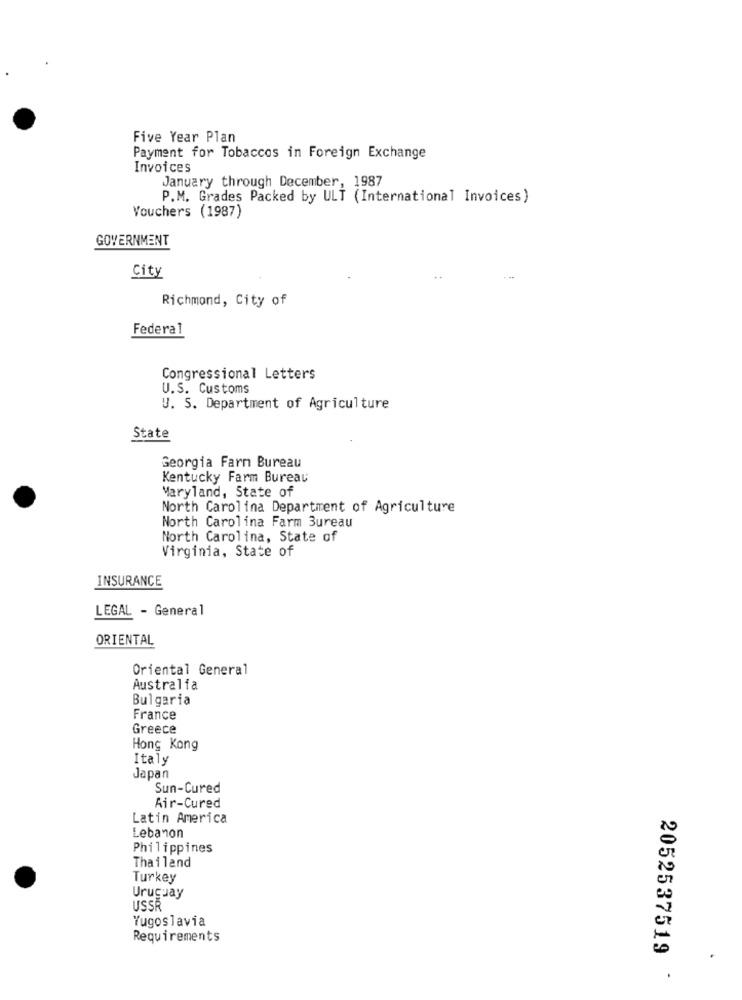
Five Year Plan
Payment for Tobaccos in Foreign Exchange
Invoices
January through December, 1987
P.M. Grades Packed by ULT (International Invoices)
Vouchers (1987)
GOVERNMENT
City
Richmond, City of
Federal
Congressional Letters
U.S. Customs
U. S. Department of Agriculture
State
Georgia Farm Bureau
Kentucky Farm Bureau
Maryland, State of
North Carolina Department of Agriculture
North Carolina Farm Bureau
North Carolina, State of
Virginia, State of
INSURANCE
LEGAL - General
ORIENTAL
Oriental General
Australia
Bulgaria
France
Greece
Hong Kong
Italy
Japan
Sun-Cured
Air-Cured
Latin America
Lebanon
Philippines
Thailand
Turkey
Uruguay
USSR
Yugoslavia
Requirements
2052537519
.